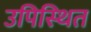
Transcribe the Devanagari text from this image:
उपिस्‍थित